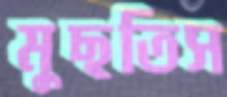
মুছতিস